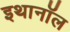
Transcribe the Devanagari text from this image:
इथानॉल